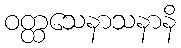
ဝတ္ထသေနာသနာနိ